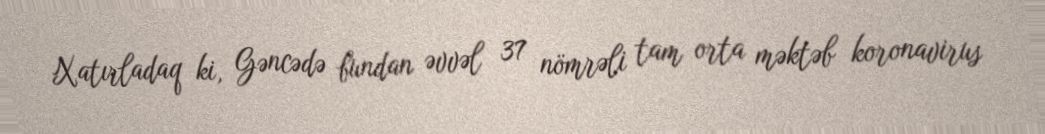
Xatırladaq ki, Gəncədə bundan əvvəl 37 nömrəli tam orta məktəb koronavirus